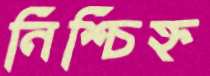
নিশ্চিহ্ন